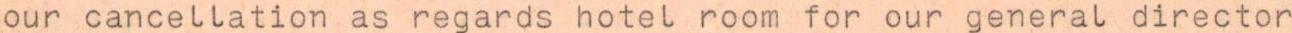
our cancellation as regards hotel room for our general director